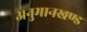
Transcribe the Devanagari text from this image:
अनुमानखण्ड